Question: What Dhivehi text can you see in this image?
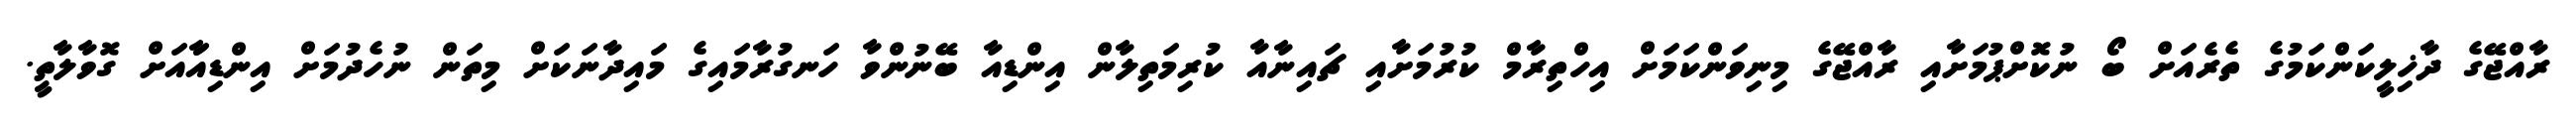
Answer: ރާއްޖޭގެ ދާޚިލީކަންކަމުގެ ތެރެއަށް ބޯ ނުކޮށްޕުމަށާއި ރާއްޖޭގެ މިނިވަންކަމަށް އިހްތިރާމް ކުރުމަށާއި ޗައިނާއާ ކުރިމަތިލާން އިންޑިއާ ބޭނުންވާ ހަނގުރާމައިގެ މައިދާނަކަށް މިތަން ނުހެދުމަށް އިންޑިއާައަށް ގޮވާލާތީ.